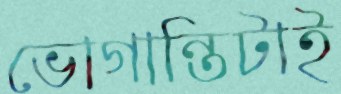
ভোগান্তিটাই